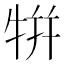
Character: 𤙾